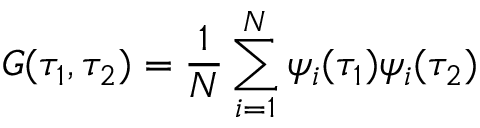
G ( \tau _ { 1 } , \tau _ { 2 } ) = \frac { 1 } { N } \sum _ { i = 1 } ^ { N } \psi _ { i } ( \tau _ { 1 } ) \psi _ { i } ( \tau _ { 2 } )